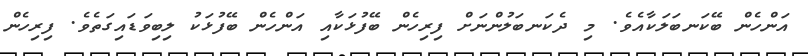
އަންހެން ބޭކަނބަލަކާއެވެ. މި ދެކަނބަލުންނަށް ފިރިހެން ބޭފުޅަކާއި އަންހެން ބޭފުޅަކު ލިބިވަޑައިގަތެވެ. ފިރިހެން